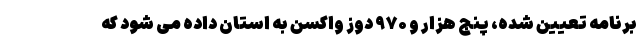
برنامه تعیین شده، پنج هزار و ۹۷۰ دوز واکسن به استان داده می شود که